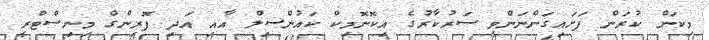
މިކަން ކުރަން ފަށައިގަންނަންވީ ސަރުކާރުގެ އިކޮނޮމިކް ކައުންސިލް އާއި އަދި ފޮރިންގް މިނިސްޓްރީ